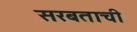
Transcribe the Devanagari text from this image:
सरबताची